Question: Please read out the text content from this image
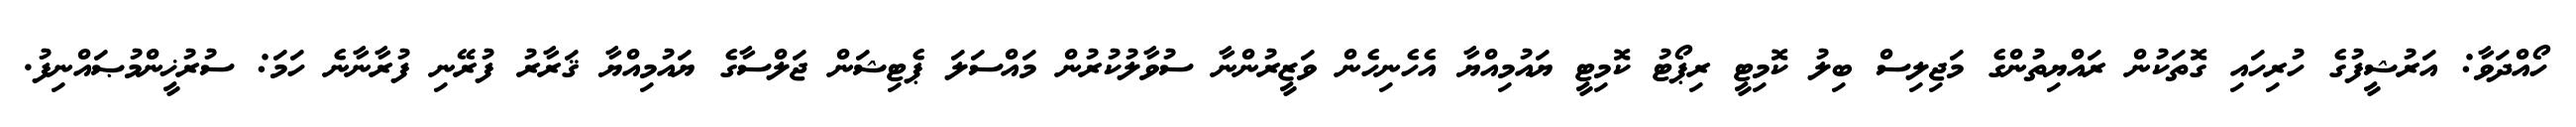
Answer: ހޯއްދަވާ: އަރުޝީފުގެ ހުރިހައި ގޮތަކުން ރައްޔިތުންގެ މަޖިލިސް ބިލު ކޮމިޓީ ރިޕޯޓު ކޮމިޓީ ޔައުމިއްޔާ އެހެނިހެން ވަޒީރުންނާ ސުވާލުކުރުން މައްސަލަ ޕެޓިޝަން ޖަލްސާގެ ޔައުމިއްޔާ ޤަރާރު ފުރޭނި ފުރާނާނެ ހަމަ: ސުރުޚީންމުޞައްނިފު.